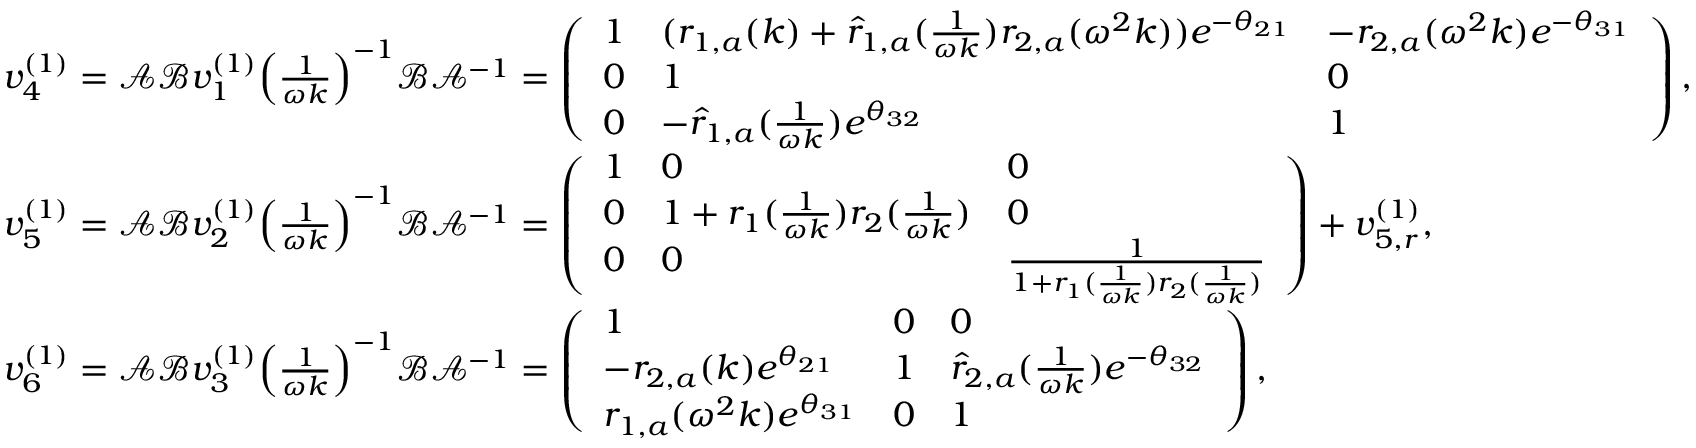
\begin{array} { r l } & { v _ { 4 } ^ { ( 1 ) } = \mathcal { A } \mathcal { B } v _ { 1 } ^ { ( 1 ) } \Big ( \frac { 1 } { \omega k } \Big ) ^ { - 1 } \mathcal { B } \mathcal { A } ^ { - 1 } = \left( \begin{array} { l l l } { 1 } & { ( r _ { 1 , a } ( k ) + \hat { r } _ { 1 , a } ( \frac { 1 } { \omega k } ) r _ { 2 , a } ( \omega ^ { 2 } k ) ) e ^ { - \theta _ { 2 1 } } } & { - r _ { 2 , a } ( \omega ^ { 2 } k ) e ^ { - \theta _ { 3 1 } } } \\ { 0 } & { 1 } & { 0 } \\ { 0 } & { - \hat { r } _ { 1 , a } ( \frac { 1 } { \omega k } ) e ^ { \theta _ { 3 2 } } } & { 1 } \end{array} \right) , } \\ & { v _ { 5 } ^ { ( 1 ) } = \mathcal { A } \mathcal { B } v _ { 2 } ^ { ( 1 ) } \Big ( \frac { 1 } { \omega k } \Big ) ^ { - 1 } \mathcal { B } \mathcal { A } ^ { - 1 } = \left( \begin{array} { l l l } { 1 } & { 0 } & { 0 } \\ { 0 } & { 1 + r _ { 1 } ( \frac { 1 } { \omega k } ) r _ { 2 } ( \frac { 1 } { \omega k } ) } & { 0 } \\ { 0 } & { 0 } & { \frac { 1 } { 1 + r _ { 1 } ( \frac { 1 } { \omega k } ) r _ { 2 } ( \frac { 1 } { \omega k } ) } } \end{array} \right) + v _ { 5 , r } ^ { ( 1 ) } , } \\ & { v _ { 6 } ^ { ( 1 ) } = \mathcal { A } \mathcal { B } v _ { 3 } ^ { ( 1 ) } \Big ( \frac { 1 } { \omega k } \Big ) ^ { - 1 } \mathcal { B } \mathcal { A } ^ { - 1 } = \left( \begin{array} { l l l } { 1 } & { 0 } & { 0 } \\ { - r _ { 2 , a } ( k ) e ^ { \theta _ { 2 1 } } } & { 1 } & { \hat { r } _ { 2 , a } ( \frac { 1 } { \omega k } ) e ^ { - \theta _ { 3 2 } } } \\ { r _ { 1 , a } ( \omega ^ { 2 } k ) e ^ { \theta _ { 3 1 } } } & { 0 } & { 1 } \end{array} \right) , } \end{array}